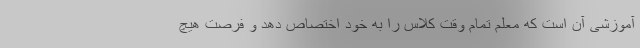
آموزشی آن است که معلم تمام وقت کلاس را به خود اختصاص دهد و فرصت هیچ